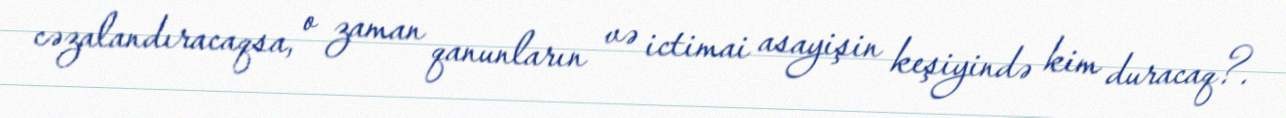
cəzalandıracaqsa, o zaman qanunların və ictimai asayişin keşiyində kim duracaq?.